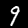
Digit: 9